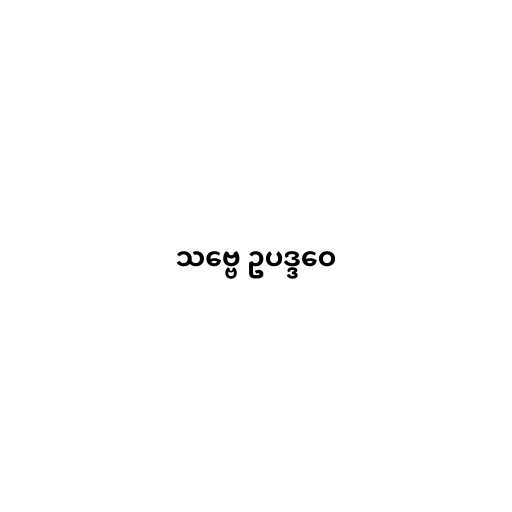
သဗ္ဗေ ဥပဒ္ဒဝေ